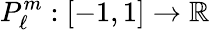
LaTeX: P_{\ell}^{m}:[-1,1]\to\mathbb{R}